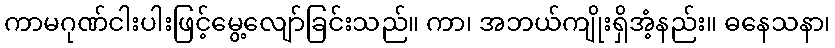
ကာမဂုဏ်ငါးပါးဖြင့်မွေ့လျော်ခြင်းသည်။ ကာ၊ အဘယ်ကျိုးရှိအံ့နည်း။ ဓနေသနာ၊